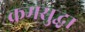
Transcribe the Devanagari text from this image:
क्रमसुद्धा